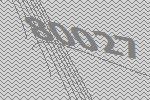
80027